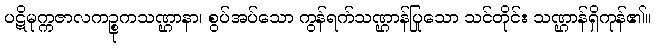
ပဋိမုက္ကဇာလကဉ္စုကသဏ္ဌာနာ၊ စွပ်အပ်သော ကွန်ရက်သဏ္ဌာန်ပြုသော သင်တိုင်း သဏ္ဌာန်ရှိကုန်၏။